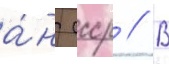
а́н ссср // В